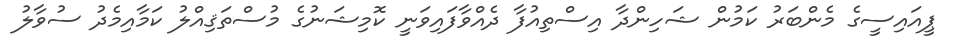
ޕީއައިސީގެ މެންބަރު ކަމުން ޝަހިންދާ އިސްތިއުފާ ދެއްވާފައިވަނީ ކޮމިޝަނުގެ މުސްތަޤިއްލު ކަމާއިމެދު ސުވާލު